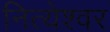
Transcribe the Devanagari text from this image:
नित्येश्वर